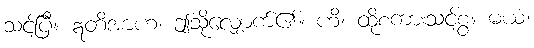
သင့်ပြီ။ ဣတိအာဟ၊ ဤသို့လျှောက်၏။ ဟိ၊ ထိုစကားသင့်စွ။ မယံ၊